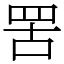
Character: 罟